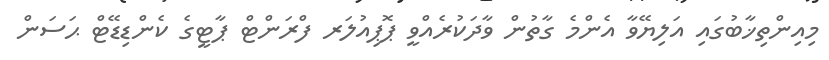
މިއިންތިޚާބުގައި އަލިޔޭވާ އެންމެ ގާތުން ވާދަކުރެއްވީ ޕޮޕިއުލަރ ފްރަންޓް ޕާޓީގެ ކެންޑިޑޭޓް ޙަސަން